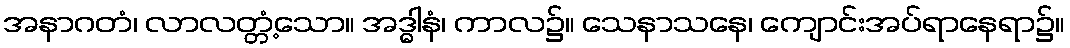
အနာဂတံ၊ လာလတ္တံ့သော။ အဒ္ဓါနံ၊ ကာလ၌။ သေနာသနေ၊ ကျောင်းအပ်ရာနေရာ၌။